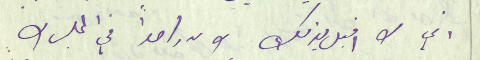
اني لا اقبل بذلك ولا واحداً في المجلس لا